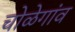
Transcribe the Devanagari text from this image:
चोळेगांव